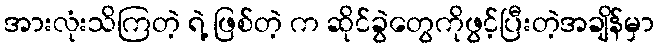
အားလုံးသိကြတဲ့ ရဲ့ ဖြစ်တဲ့ က ဆိုင်ခွဲတွေကိုဖွင့်ပြီးတဲ့အချိန်မှာ